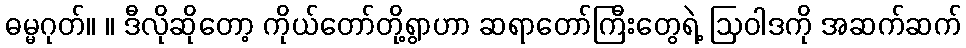
ဓမ္မဂုတ်။ ။ ဒီလိုဆိုတော့ ကိုယ်တော်တို့ရွာဟာ ဆရာတော်ကြီးတွေရဲ့ ဩဝါဒကို အဆက်ဆက်